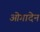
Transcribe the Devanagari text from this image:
ओगादेन